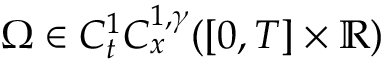
\Omega \in C _ { t } ^ { 1 } C _ { x } ^ { 1 , \gamma } ( [ 0 , T ] \times \mathbb { R } )